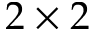
2 \times 2